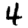
Digit: 4